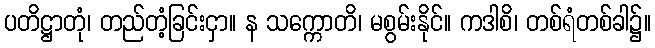
ပတိဋ္ဌာတုံ၊ တည်တံ့ခြင်းငှာ။ န သက္ကောတိ၊ မစွမ်းနိုင်။ ကဒါစိ၊ တစ်ရံတစ်ခါ၌။